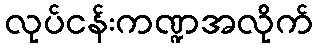
လုပ်ငန်းကဏ္ဍအလိုက်